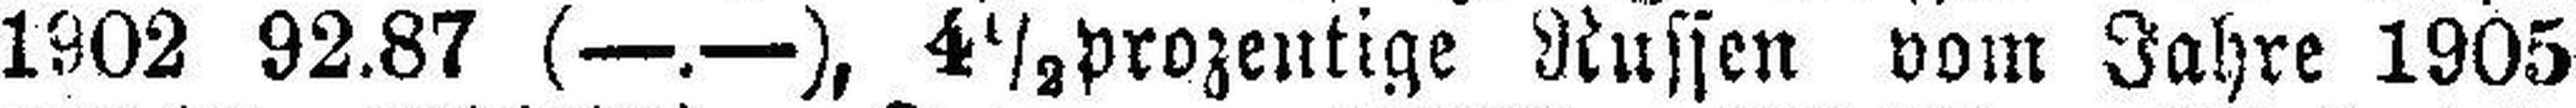
1902 92.87 (—.—), 4½prozentige Russen vom Jahre 1905